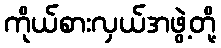
ကိုယ်စားလှယ်အဖွဲ့တို့